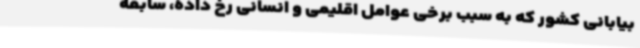
بیابانی کشور که به سبب برخی عوامل اقلیمی و انسانی رخ داده، سابقه